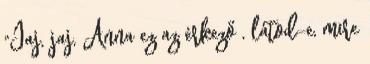
"Jaj, jaj, Anna ez az érkező , látod-e, mire